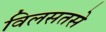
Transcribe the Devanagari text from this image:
विलसतसे